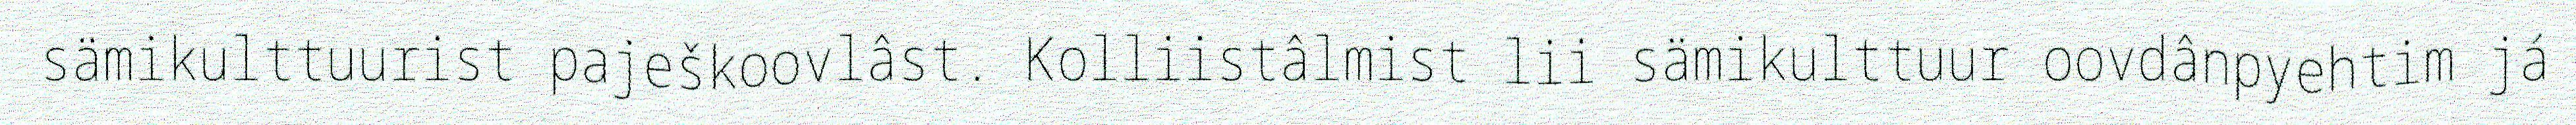
sämikulttuurist paješkoovlâst. Kolliistâlmist lii sämikulttuur oovdânpyehtim já